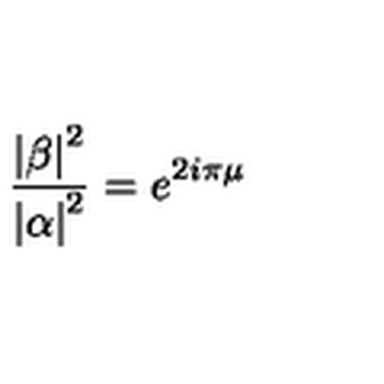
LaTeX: \frac { \left| \beta \right| ^ { 2 } } { \left| \alpha \right| ^ { 2 } } = e ^ { 2 i \pi \mu }